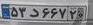
۵۳د۶۶۷۲۰